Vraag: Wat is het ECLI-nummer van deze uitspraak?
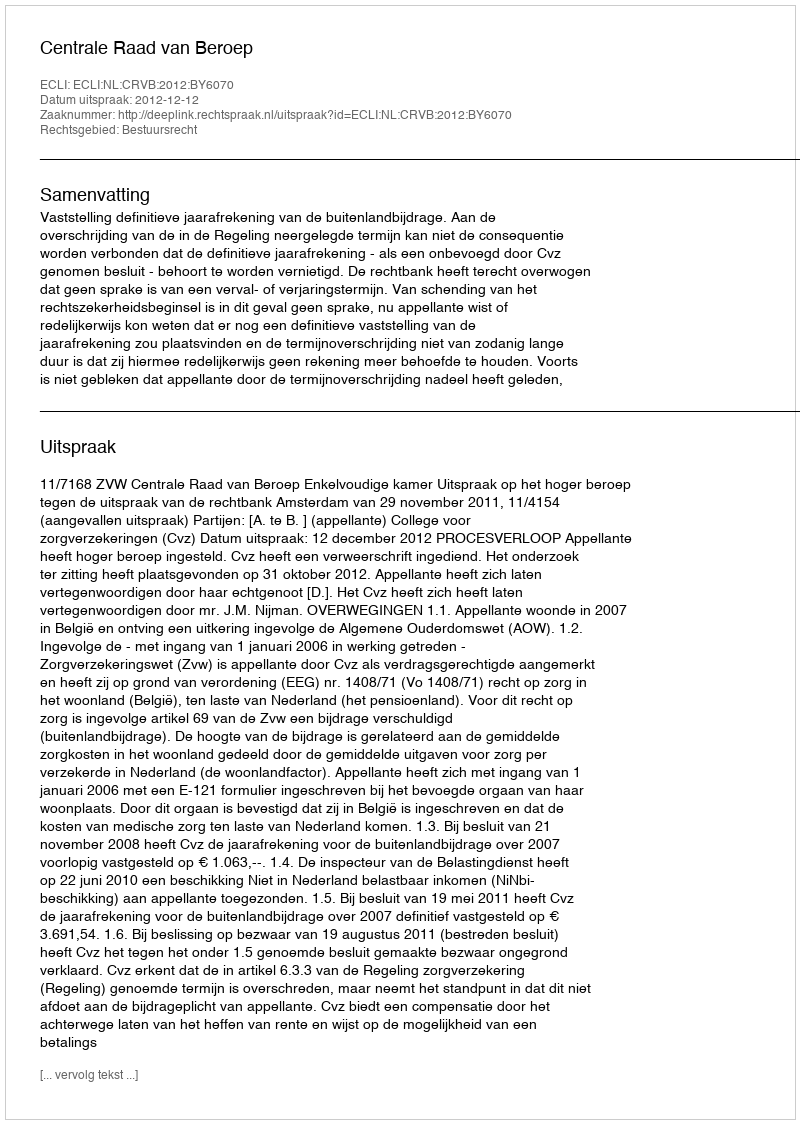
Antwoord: ECLI:NL:CRVB:2012:BY6070